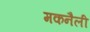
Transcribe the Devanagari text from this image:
मकनैली